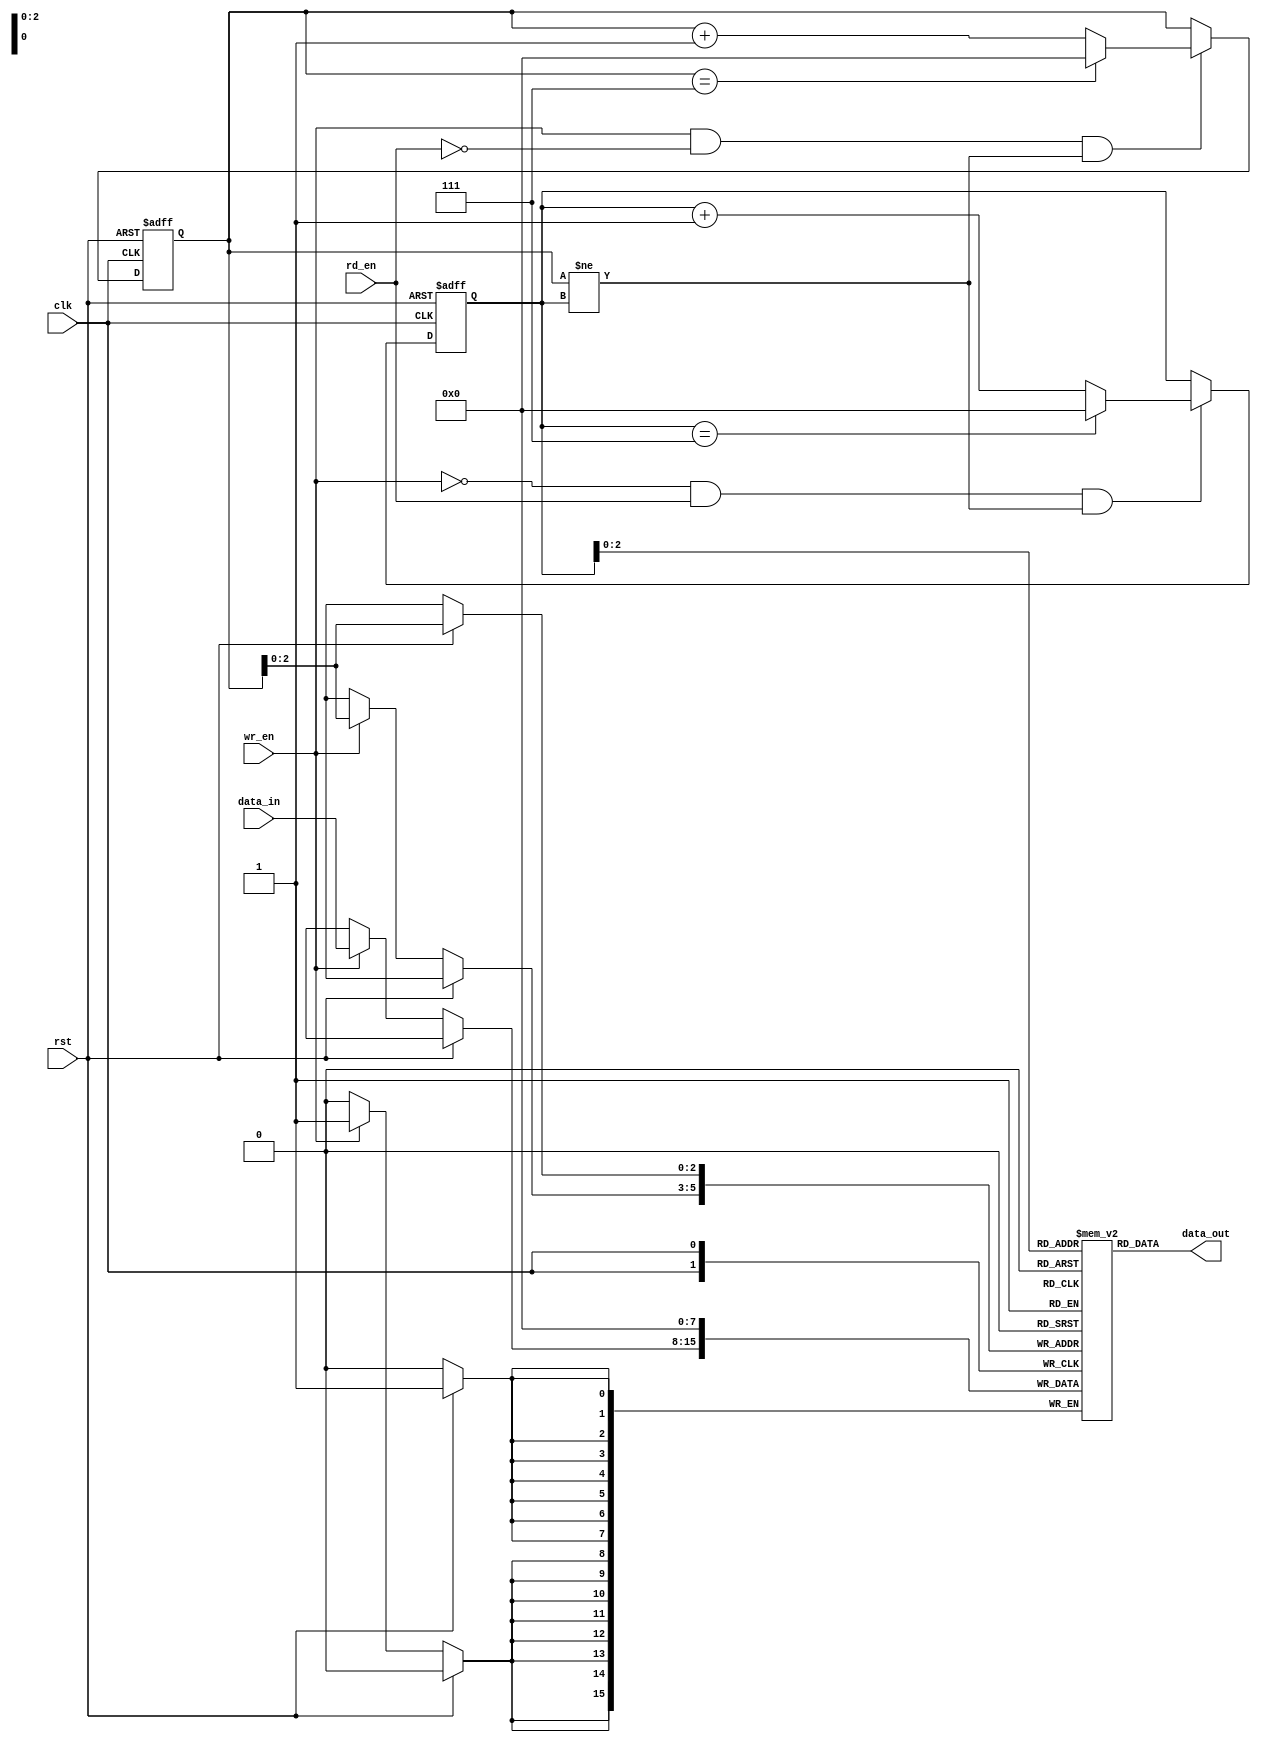
module circular_fifo (
    input wire clk,
    input wire rst,
    input wire wr_en,
    input wire rd_en,
    input wire [DATA_WIDTH-1:0] data_in,
    output wire [DATA_WIDTH-1:0] data_out
);

parameter BUFFER_SIZE = 8;
parameter DATA_WIDTH = 8;

reg [DATA_WIDTH-1:0] buffer [BUFFER_SIZE-1:0];
reg [DATA_WIDTH-1:0] read_ptr;
reg [DATA_WIDTH-1:0] write_ptr;

// Reset logic
always @ (posedge clk or posedge rst)
begin
    if (rst)
    begin
        read_ptr <= 0;
        write_ptr <= 0;
    end
    else
    begin
        if (wr_en && !rd_en && write_ptr != read_ptr)
            write_ptr <= (write_ptr == BUFFER_SIZE-1) ? 0 : write_ptr + 1;
        if (!wr_en && rd_en && write_ptr != read_ptr)
            read_ptr <= (read_ptr == BUFFER_SIZE-1) ? 0 : read_ptr + 1;
    end
end

// Write logic
always @ (posedge clk)
begin
    if (rst)
        buffer[write_ptr] <= 0;
    else if (wr_en)
        buffer[write_ptr] <= data_in;
end

// Read logic
assign data_out = buffer[read_ptr];

endmodule